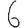
Digit: 6